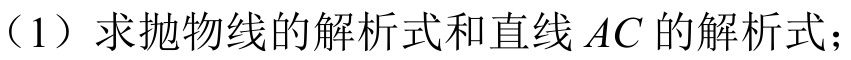
（1）求抛物线的解析式和直线\(AC\)的解析式；